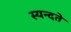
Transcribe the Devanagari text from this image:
स्यन्दते